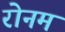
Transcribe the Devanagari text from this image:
रोनम